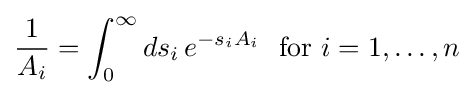
{\frac {1}{A_{i}}}=\int _{0}^{\infty }ds_{i}\,e^{-s_{i}A_{i}}\ \ {\text{for }}i=1,\ldots ,n